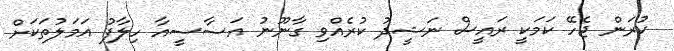
ކުރަން ޖެހޭ ކަމަކީ ރައީސް ނަޝީދު ކުރެއްވި ގާނޫނު އަސާސީއާ ހިލާފު އަމަލުތަކަށް